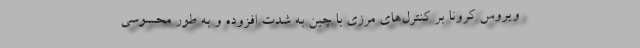
ویروس کرونا بر کنترل‌های مرزی با چین به شدت افزوده و به طور محسوسی